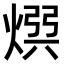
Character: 𭵡